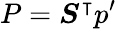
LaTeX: P=\boldsymbol{S}^{\intercal}p^{\prime}